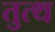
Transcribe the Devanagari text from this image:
तुत्थ